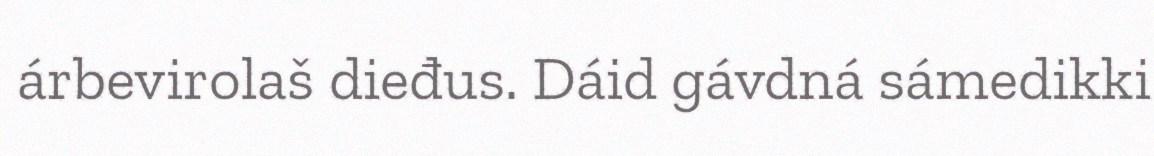
árbevirolaš dieđus. Dáid gávdná sámedikki